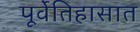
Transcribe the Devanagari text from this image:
पूर्वेतिहासात